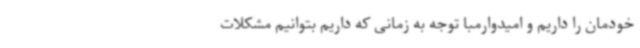
خودمان را داریم و امیدوارمبا توجه به زمانی که داریم بتوانیم مشکلات